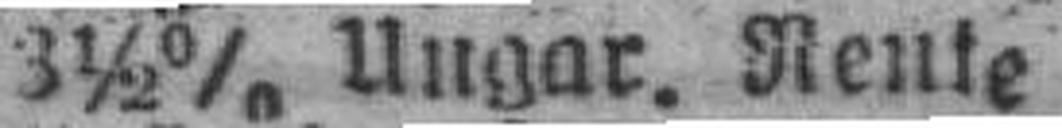
3½% Ungar. Rente